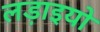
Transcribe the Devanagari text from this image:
लड़ाइयो